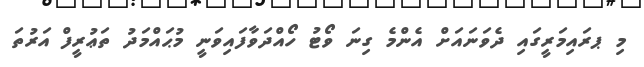
މި ޕރައިމަރީގައި ދެވަނައަށް އެންމެ ގިނަ ވޯޓު ހޯއްދަވާފައިވަނީ މުޙައްމަދު ތަޢުރީފް އަރުތަ